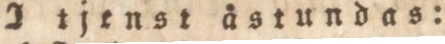
I tjenst åstundas: